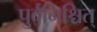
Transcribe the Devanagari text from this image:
पुर्वनिश्चित्